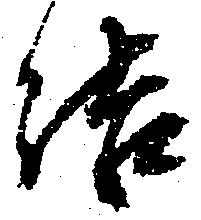
結